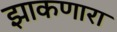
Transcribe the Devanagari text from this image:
झाकणारा